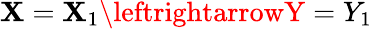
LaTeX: \mathbf{X}=\mathbf{X}_{1}\leftrightarrowY=Y_{1}